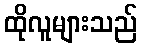
ထိုလူများသည်